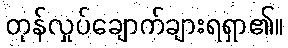
တုန်လှုပ်ချောက်ချားရရှာ၏။